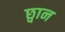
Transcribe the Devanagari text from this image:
छ्वान